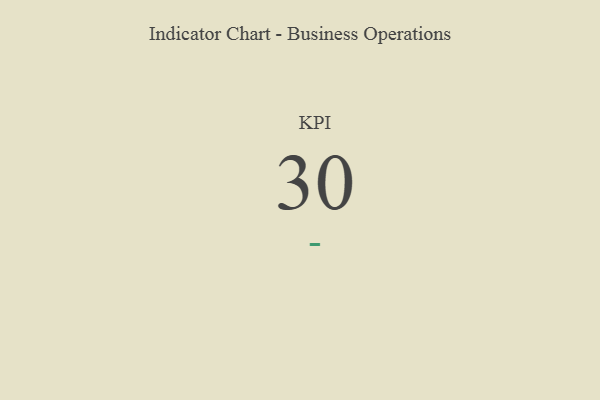
{"axis": {"x": "KPI", "y": "Value"}, "legend": [""], "data": [{"x": "KPI", "y": 30, "type": ""}]}